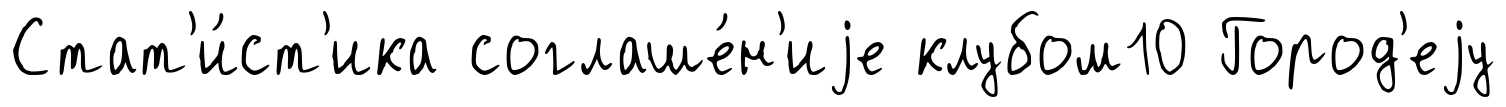
Стат'и́ст'ика соглаше́н'иjе клубом10 Город'еjу